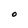
Character: O